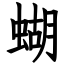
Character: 蝴